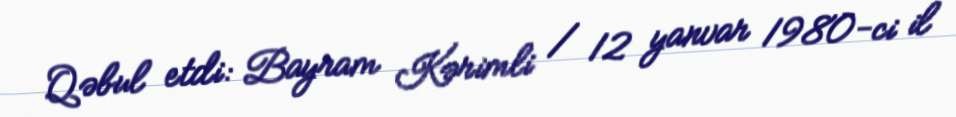
Qəbul etdi: Bayram Kərimli / 12 yanvar 1980-ci il